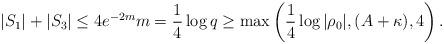
LaTeX: \begin{align*}|S_1|+|S_3| \le 4e^{-2m} m = \frac14 \log q \ge \max\left(\frac14 \log|\rho_0|, (A+\kappa), 4\right).\end{align*}